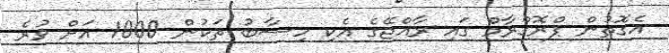
އެގޮތުން ޕްރޮގްރާމް ގައި ރާއްޖޭގެ އެކި ހިސާބު ތަކުން 1000 އަށް ވުރެ